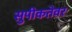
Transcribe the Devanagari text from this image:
सुपीकतेवर